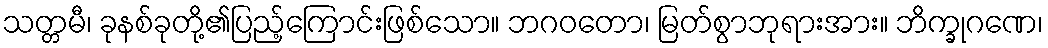
သတ္တမီ၊ ခုနစ်ခုတို့၏ပြည့်ကြောင်းဖြစ်သော။ ဘဂဝတော၊ မြတ်စွာဘုရားအား။ ဘိက္ခုဂဏေ၊